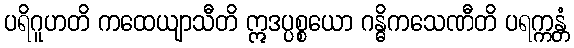
ပရိဂူဟတိ ကထေယျာသီတိ ဣဒပ္ပစ္စယော ဂန္ဓိကသေဏီတိ ပရက္ကန္တံ